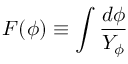
F ( \phi ) \equiv \int { \frac { d \phi } { Y _ { \phi } } }